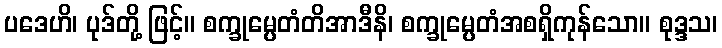
ပဒေဟိ၊ ပုဒ်တို့ ဖြင့်။ စက္ခုမ္ပေတံတိအာဒီနိ၊ စက္ခုမ္ပေတံအစရှိကုန်သော။ စုဒ္ဒသ၊